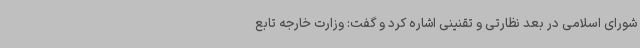
شورای اسلامی در بعد نظارتی و تقنینی اشاره کرد و گفت: وزارت خارجه تابع